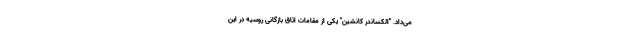
می‌داد. "الکساندر کانشین" یکی از مقامات اتاق بازگانی روسیه در این